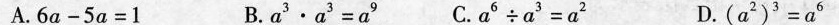
A. $$ 6 _ { a } - 5 _ { a } = 1$$ B. $$ a ^ { 3 }\times a ^ { 3 } = a ^ { 9 } $$